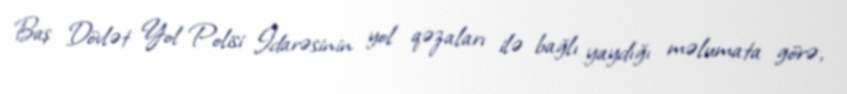
Baş Dövlət Yol Polisi İdarəsinin yol qəzaları ilə bağlı yaydığı məlumata görə,